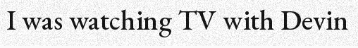
I was watching TV with Devin